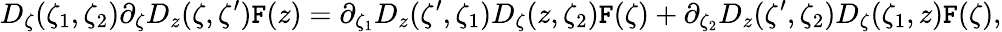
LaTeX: D_{\zeta}(\zeta_{1},\zeta_{2})\partial_{\zeta}D_{z}(\zeta,\zeta^{\prime})\mathtt{F}(z)=\partial_{\zeta_{1}}D_{z}(\zeta^{\prime},\zeta_{1})D_{\zeta}(z,\zeta_{2})\mathtt{F}(\zeta)+\partial_{\zeta_{2}}D_{z}(\zeta^{\prime},\zeta_{2})D_{\zeta}(\zeta_{1},z)\mathtt{F}(\zeta),